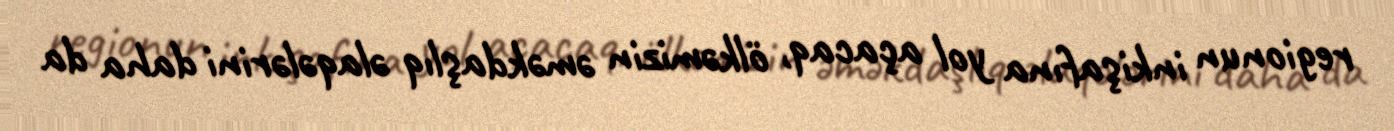
regionun inkişafına yol açacaq, ölkəmizin əməkdaşlıq əlaqələrini daha da